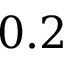
0 . 2